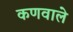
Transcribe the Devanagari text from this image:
कणवाले